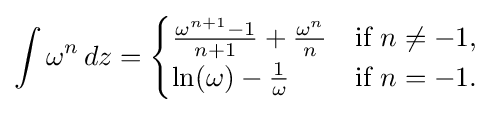
\int \omega ^{n}\,dz={\begin{cases}{\frac {\omega ^{n+1}-1}{n+1}}+{\frac {\omega ^{n}}{n}}&{\mbox{if }}n\neq -1,\\\ln(\omega )-{\frac {1}{\omega }}&{\mbox{if }}n=-1.\end{cases}}